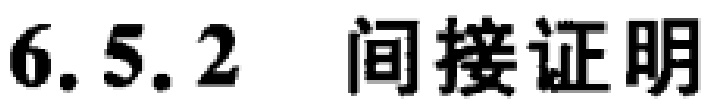
6.5.2  间接证明